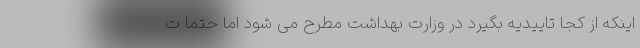
اینکه از کجا تاییدیه بگیرد در وزارت بهداشت مطرح می شود اما حتما ت